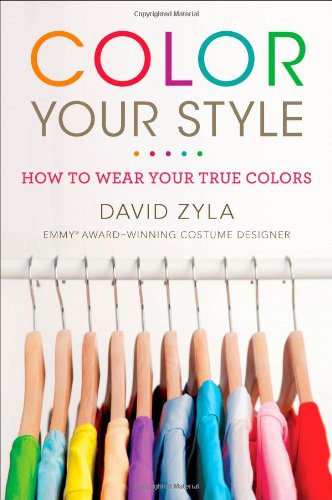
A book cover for Color Your Style: How to Wear Your True Colors; David Zyla; Health, Fitness & Dieting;